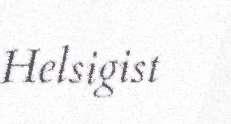
Helsigist